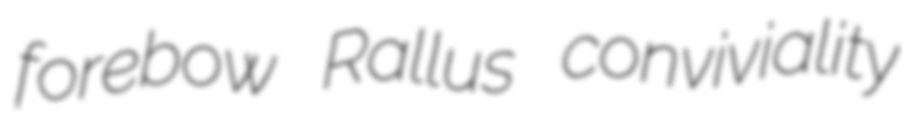
forebow Rallus conviviality